画像に写った文字を読んでください
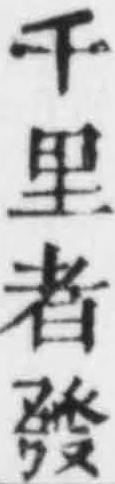
「千里者發」と書いてあります